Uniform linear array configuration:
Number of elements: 32
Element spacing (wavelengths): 1
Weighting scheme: blackman
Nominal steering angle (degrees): -30
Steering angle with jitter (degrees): -30.83
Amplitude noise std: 0.05
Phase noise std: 0.05

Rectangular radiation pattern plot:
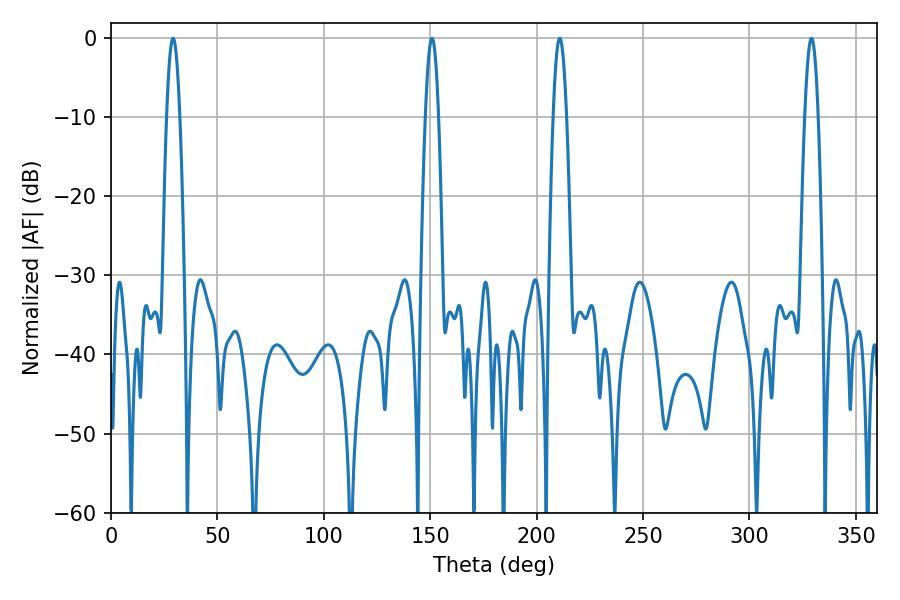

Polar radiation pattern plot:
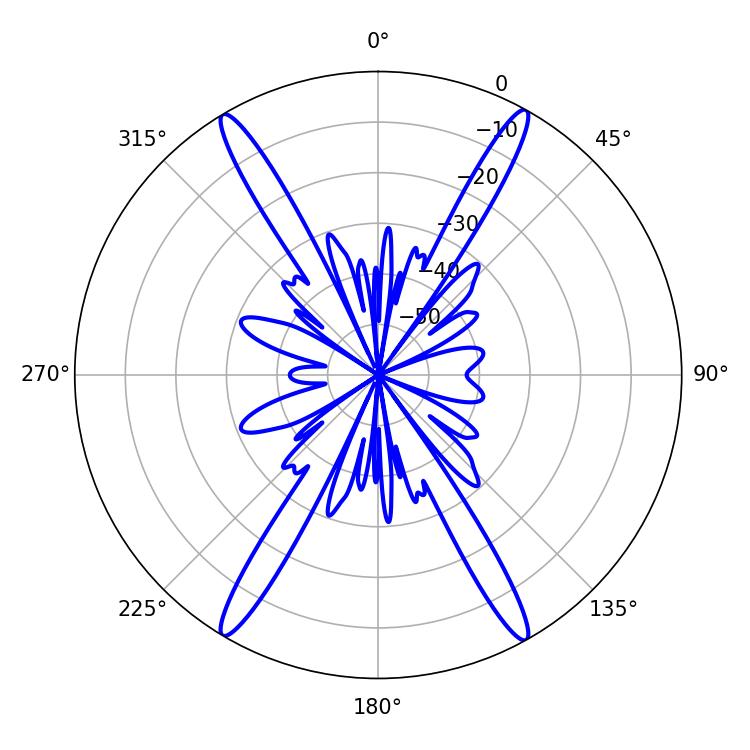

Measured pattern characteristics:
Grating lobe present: TRUE
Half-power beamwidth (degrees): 3.24
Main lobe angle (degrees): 29.16